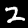
Label: 2